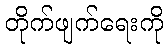
တိုက်ဖျက်ရေးကို